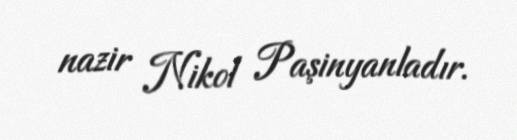
nazir Nikol Paşinyanladır.